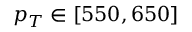
p _ { T } \in [ 5 5 0 , 6 5 0 ]